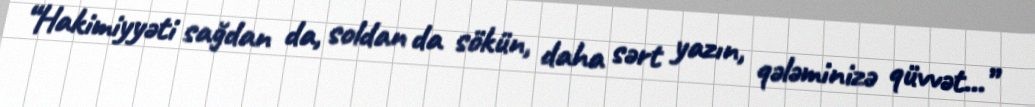
“Hakimiyyəti sağdan da, soldan da sökün, daha sərt yazın, qələminizə qüvvət...”